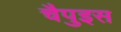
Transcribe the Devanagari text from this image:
चैपुइस